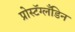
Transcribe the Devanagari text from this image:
प्रोस्टॅग्लँडिन